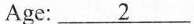
Age: \underline{2}